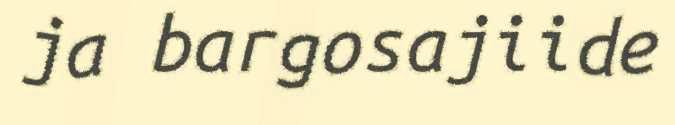
ja bargosajiide